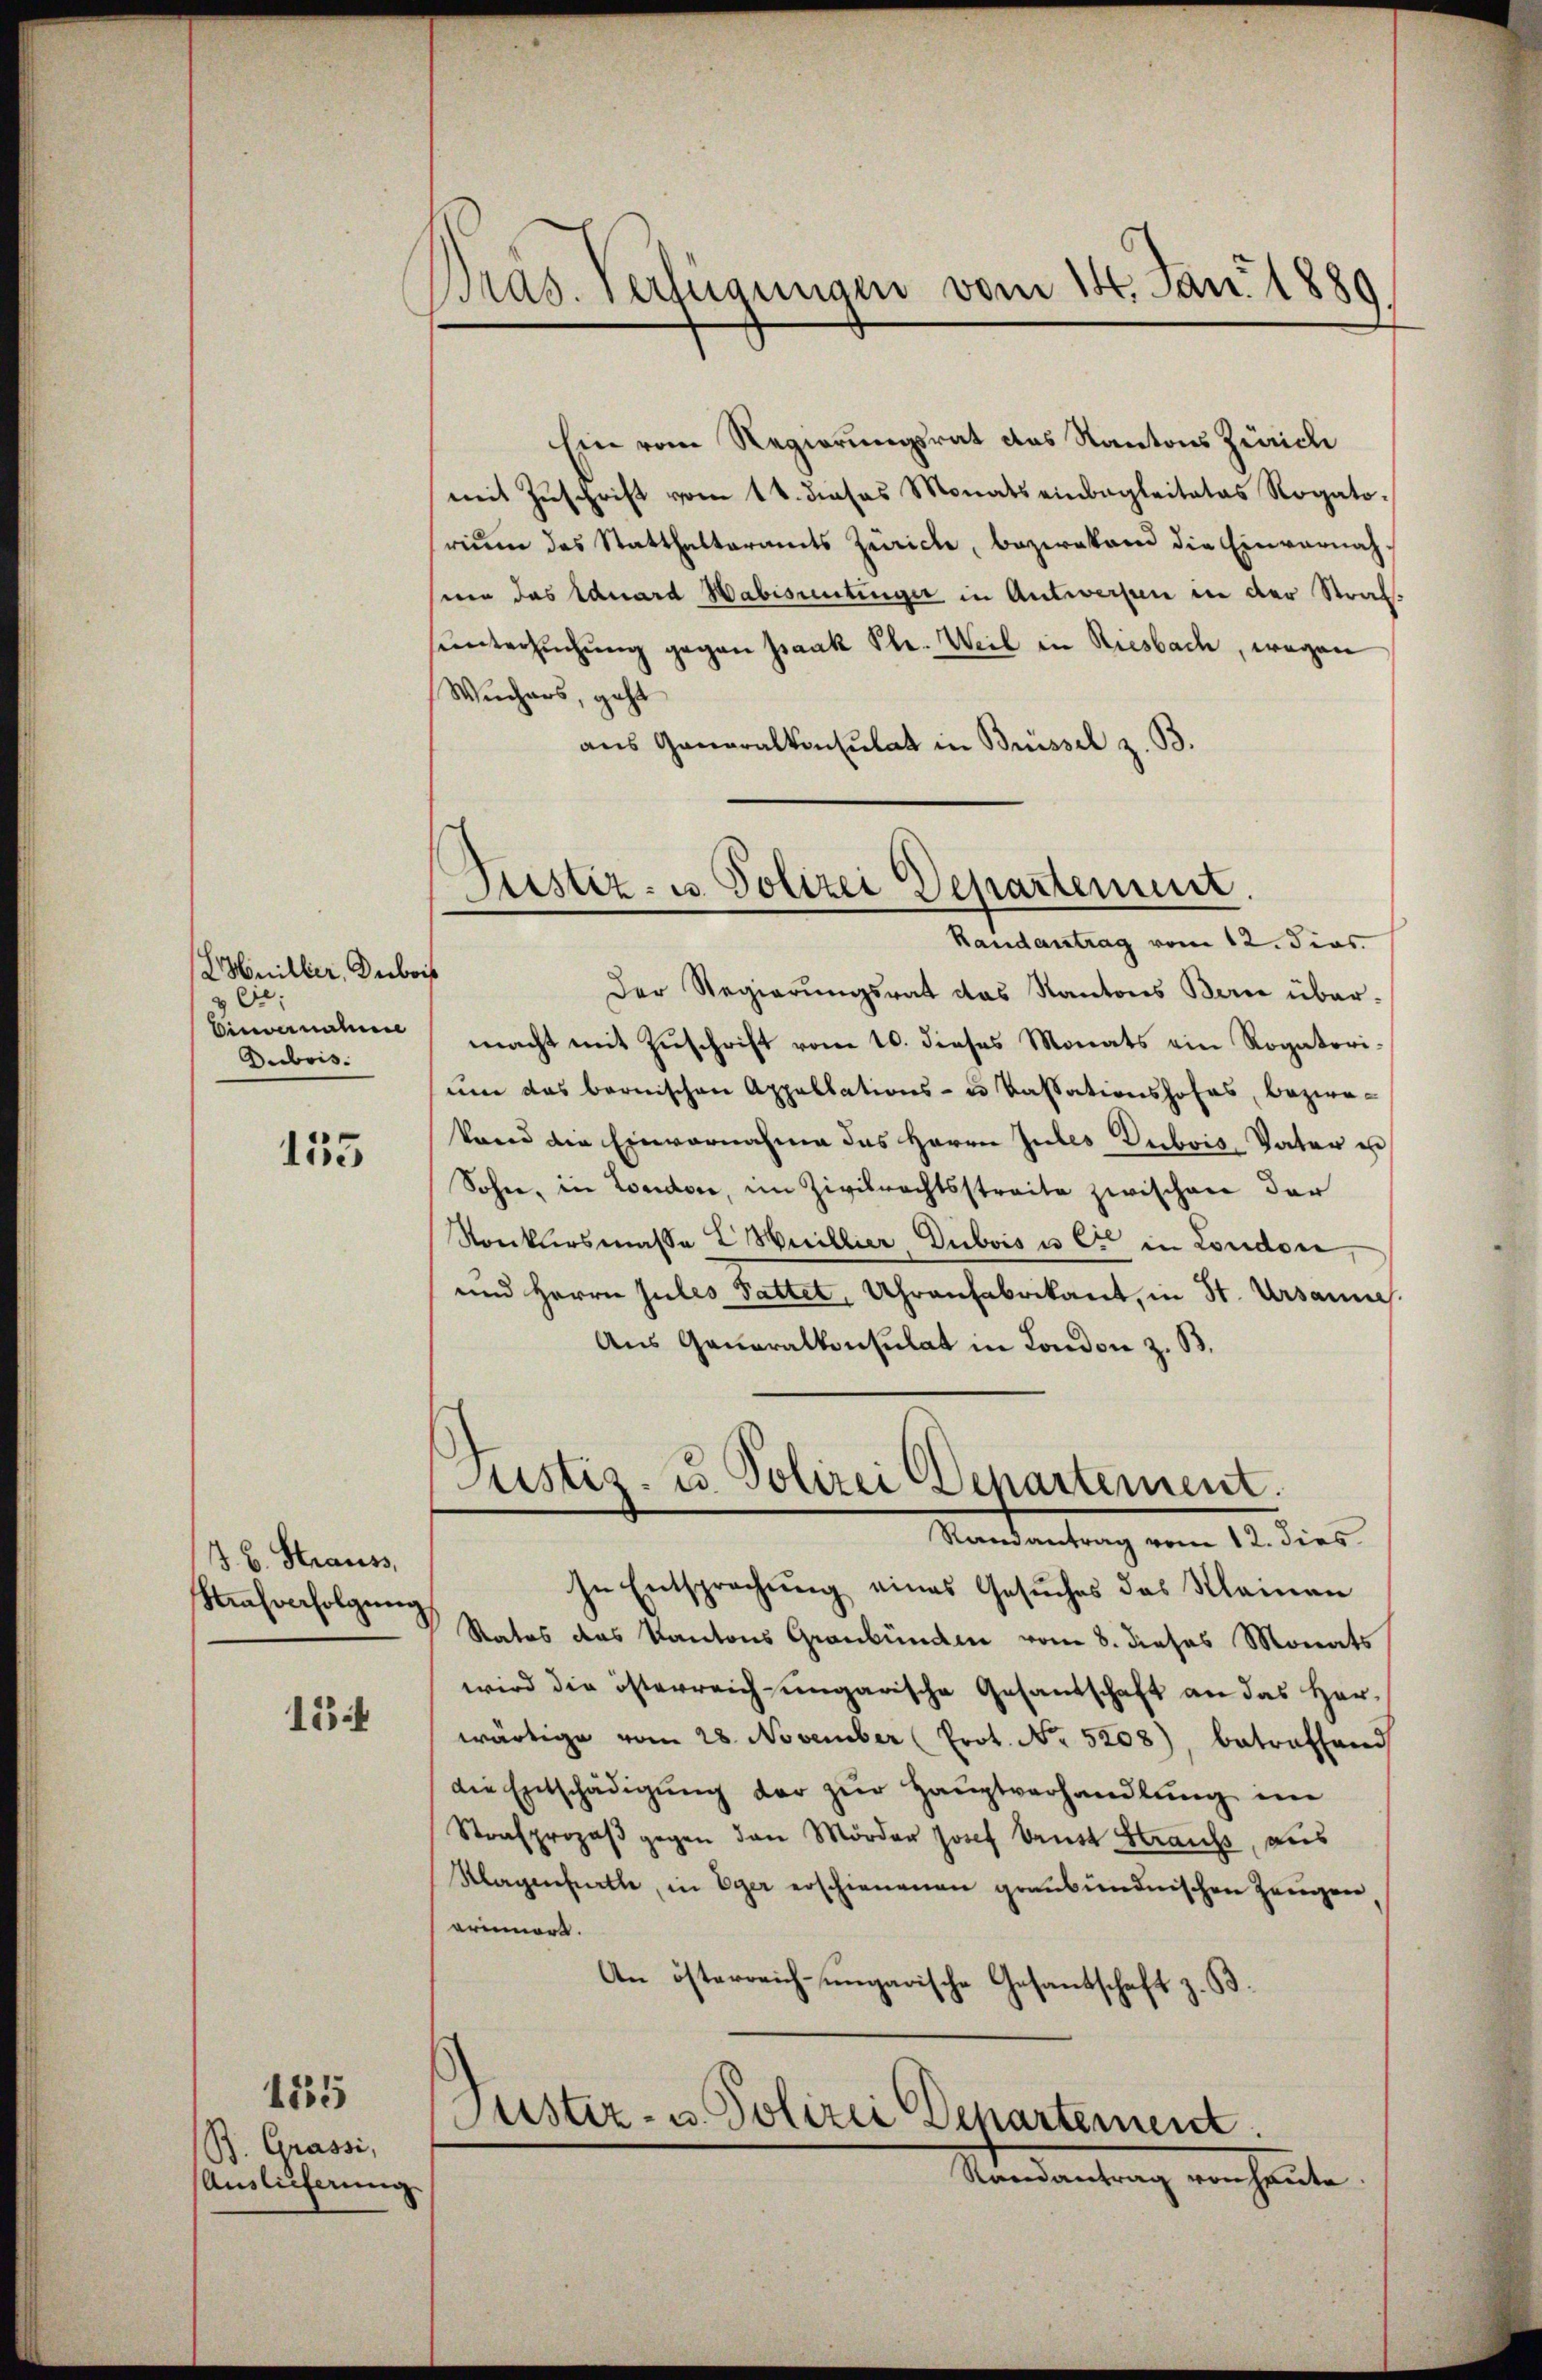
Kniller, Dubois
eie
Einvenatur
Dubois.

155

J. B. Strauss
Kaufverfolgung

1544

B. Grassi,
Auslieferung

1535

pras. Verfügungen vom 14. Jan. 1889.

Justiz- u. Polizei Departement.
Randantrag vom 12. Fins.

Ein vom Regierungsrat das Kantons Zürich
mit Zuschrift vom 14. dieses Monats einbegleitalas Rogatorium das Statthalteramts Zürich, bezwakand die Einvernahnen das Eduard Habisantinger in Antwerfen in der Strafuntersuchung gegen Isaak Ple. Weil in Riesbach, wegen
Wuchers, geht
aus Generalkonsulat in Brüssel z. B.
Der Regierungsrat das Kantons Berne über-
macht mit Zuschrift vom 10. dieses Monats ein Rogatorium das bernischen Appellations- u. Kassationshofes, bezwekand die Einvernahme das Herrn Jules Dubois, Vater e
Sohn, in London, im Zivilrechtsstreite zwischen der
Konklirsmasse L Huillier Dubois u. Cie in Londone
und Herrn Jules Sattet, Uhrenfabrikant, in St. Ursannes.
Aus Generalkonsulat in London z. B.
Justiz- u. Polizei Departement.
Randantrag vom 12. dies
In Entsprechung eines Gesuches das Kleinen
Rates des Kantons Graubünden vom 8. dieses Monats
wird die österreich ungarische Gesandschaft an das Herwärtige vom 28. November (Prot. No. 5208), betreffend
die Entschädigŭng der zur Hauptverhandlung im
Strafprozeβ gegen den Mörder Josef Brust Heraufs, aus
Klagenhatte, in Eger erschienenen graubündnischen Zeugen
erinners.
An österreich-ungarische Gesandschaft z. B.
Justiz- u. Polizei Departement.
Randantrag von heute